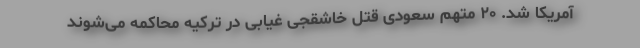
آمریکا شد. ۲۰ متهم سعودی قتل خاشقجی غیابی در ترکیه محاکمه می‌شوند